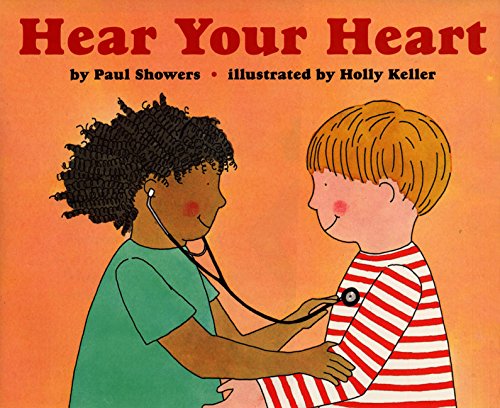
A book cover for Hear Your Heart (Let's-Read-and-Find-Out Science 2); Paul Showers; Children's Books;